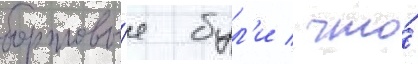
бортовы́е бул'и / что́